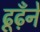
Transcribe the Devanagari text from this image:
ढूढ़ँने